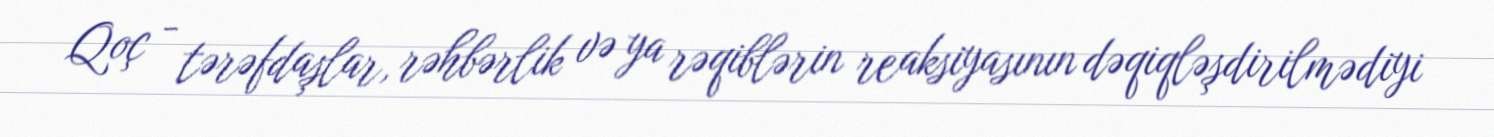
Qoç - tərəfdaşlar, rəhbərlik və ya rəqiblərin reaksiyasının dəqiqləşdirilmədiyi